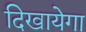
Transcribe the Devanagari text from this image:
दिखायेगा